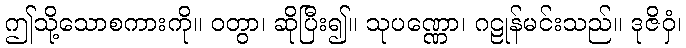
ဤသို့သောစကားကို။ ဝတွာ၊ ဆိုပြီး၍။ သုပဏ္ဏော၊ ဂဠုန်မင်းသည်။ ဒုဇိဝှံ၊